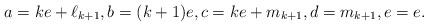
LaTeX: \begin{align*}a = ke + \ell_{k+1},b = (k+1)e,c = ke + m_{k+1},d = m_{k+1},e=e.\end{align*}